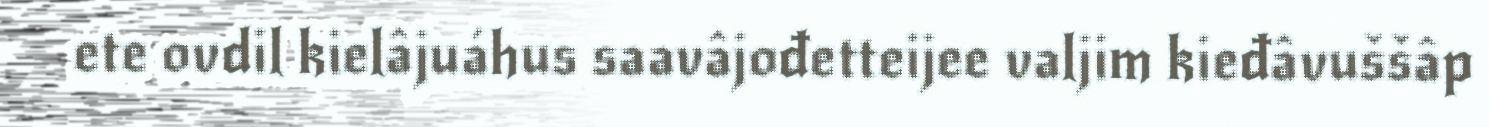
ete ovdil kielâjuáhus saavâjođetteijee valjim kieđâvuššâp